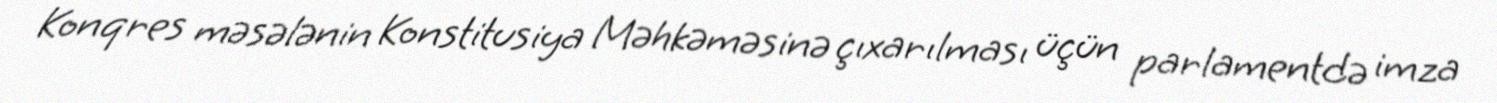
Konqres məsələnin Konstitusiya Məhkəməsinə çıxarılması üçün parlamentdə imza